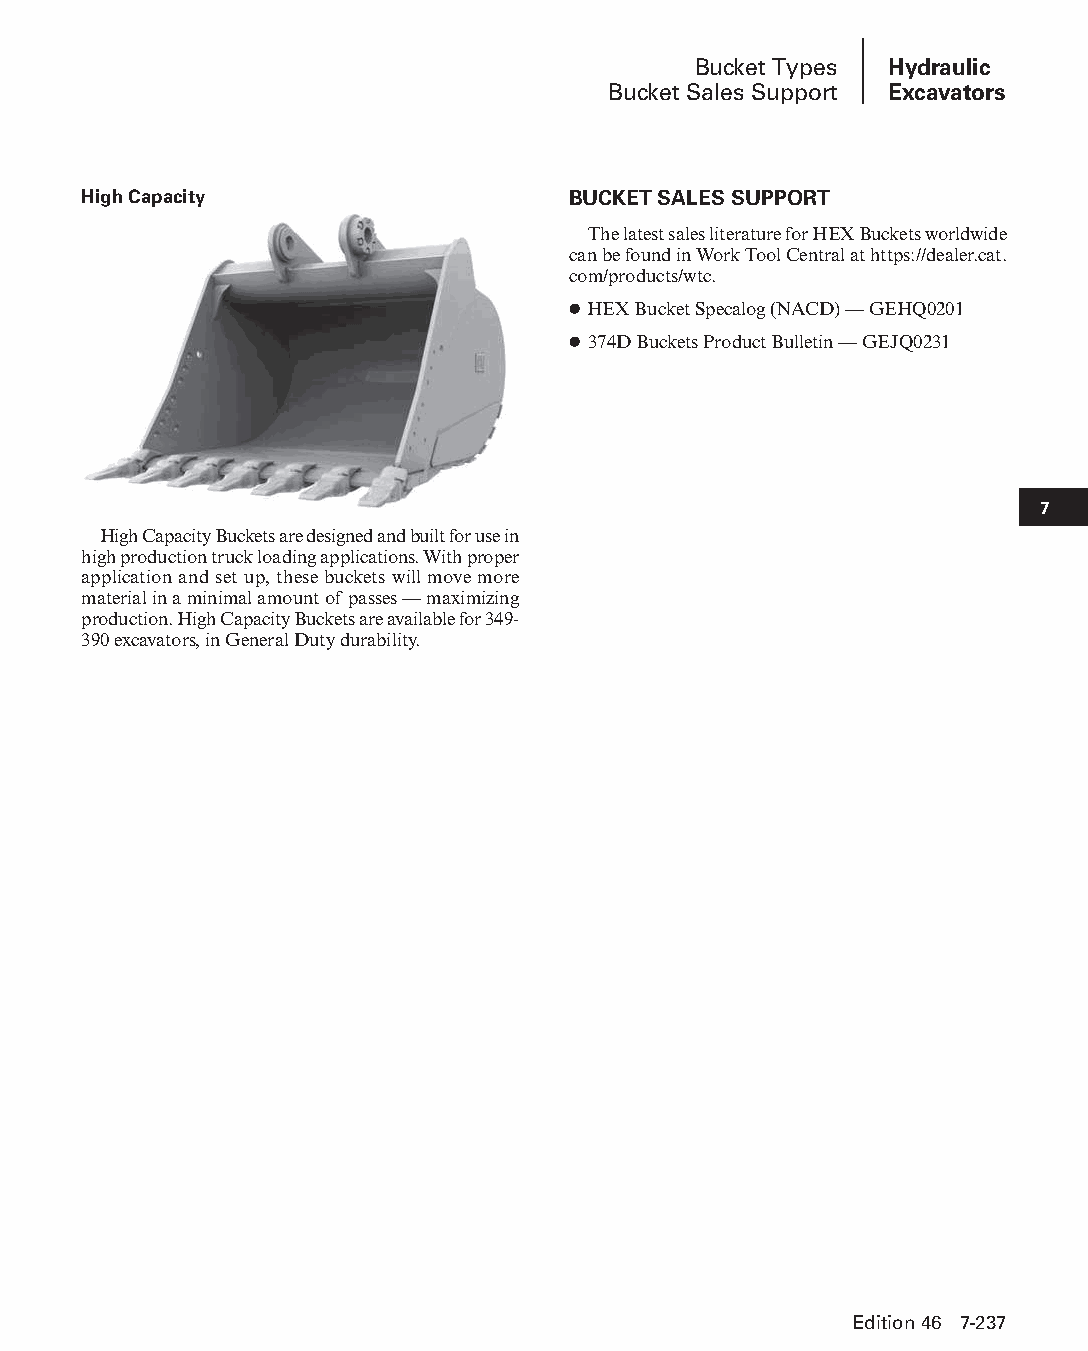
Bucket Types Hydraulic
 Bucket Sales Support Excavators
 High Capacity                   BUCKET SALES SUPPORT
 The latest sales literature for HEX Buckets world wide
 can be found in Work Tool Central at https://dealer.cat.
 com/products/wtc.
 ● HEX Bucket Specalog (NACD) — GEHQ0201
 ● 374D Buckets Product Bulletin — GEJQ0231
 7
 High Capacity Buckets are designed and built for use in
 high production truck loading applications. With proper
 application and set up, these buckets will move more
 material in a minimal amount of passes — maximizing
 production. High Capacity Buckets are available for 349-
 390 excavators, in General Duty durability.
 Edition 46 7-237
 PPHHBB--SSeecc0077--HHyyddrraauulliiccEExxccaavvaattoorrss((ppgg114411--224422))..iinndddd 223377 1122//44//1155 1100::3366 AAMM